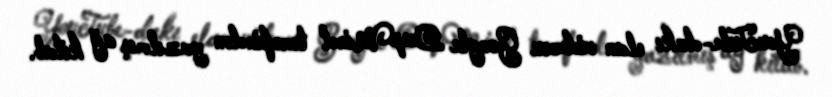
YouTube-dakı elan videosu Google DeepMind tərəfindən yazılmış ağ kitab.